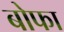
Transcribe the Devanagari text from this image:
बोफा